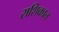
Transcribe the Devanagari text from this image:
राशिकात